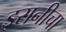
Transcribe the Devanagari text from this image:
इरानीचा